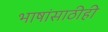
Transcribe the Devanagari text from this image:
भाषांसाठीही